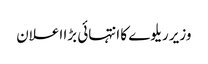
وزیر ریلوے کا انتہائی بڑا اعلان